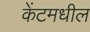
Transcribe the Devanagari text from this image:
केंटमधील